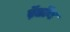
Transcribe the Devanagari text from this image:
ऍ़डॉब